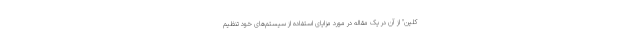
کلین" از آن در یک مقاله در مورد مزایای استفاده از سیستم‌های خود تنظیم